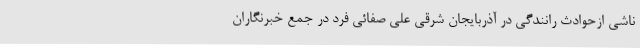
ناشی ازحوادث رانندگی در آذربایجان شرقی علی صفائی فرد در جمع خبرنگاران